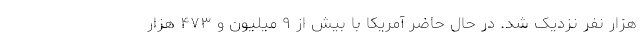
هزار نفر نزدیک شد. در حال حاضر آمریکا با بیش از ۹ میلیون و ۴۷۳ هزار